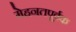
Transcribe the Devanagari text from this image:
मेहनतपूर्वक